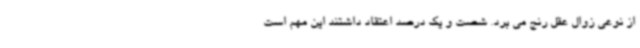
از نوعی زوال عقل رنج می برد. شصت و یک درصد اعتقاد داشتند این مهم است